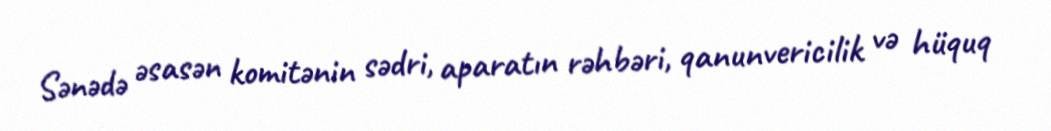
Sənədə əsasən komitənin sədri, aparatın rəhbəri, qanunvericilik və hüquq